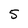
Character: 5